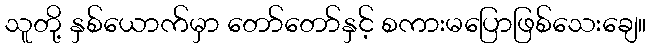
သူတို့ နှစ်ယောက်မှာ တော်တော်နှင့် စကားမပြောဖြစ်သေးချေ။